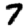
Digit: 7